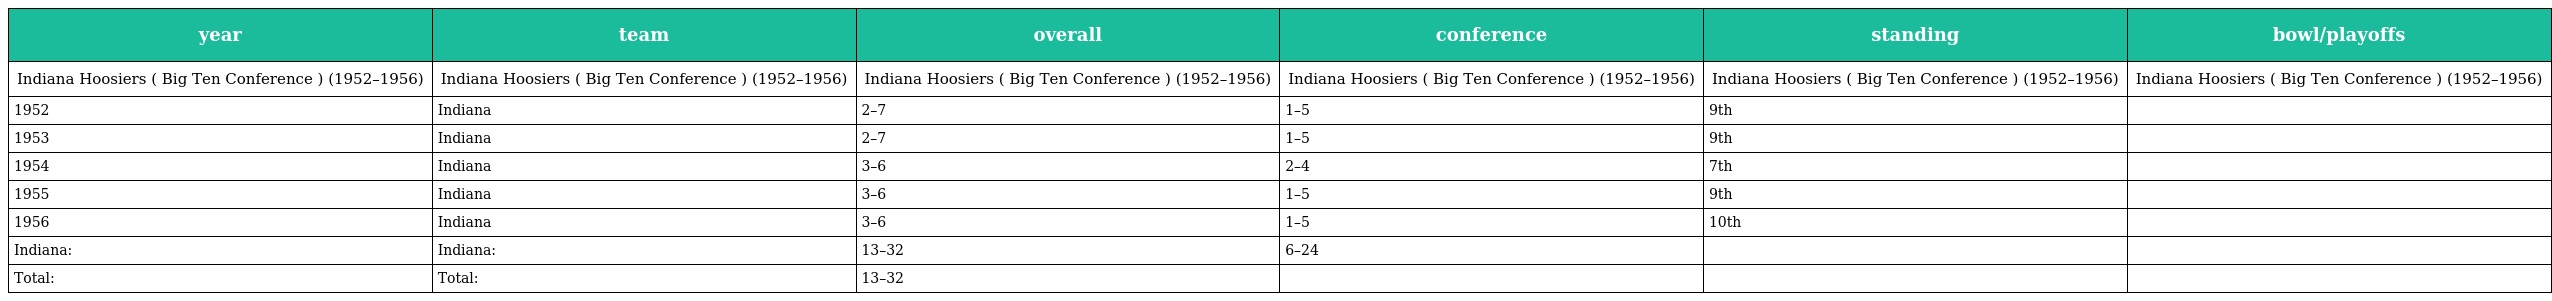
| year | team | overall | conference | standing | bowl/playoffs |
 | --- | --- | --- | --- | --- | --- |
 | Indiana Hoosiers ( Big Ten Conference ) (1952–1956) | Indiana Hoosiers ( Big Ten Conference ) (1952–1956) | Indiana Hoosiers ( Big Ten Conference ) (1952–1956) | Indiana Hoosiers ( Big Ten Conference ) (1952–1956) | Indiana Hoosiers ( Big Ten Conference ) (1952–1956) | Indiana Hoosiers ( Big Ten Conference ) (1952–1956) |
 | 1952 | Indiana | 2–7 | 1–5 | 9th |  |
 | 1953 | Indiana | 2–7 | 1–5 | 9th |  |
 | 1954 | Indiana | 3–6 | 2–4 | 7th |  |
 | 1955 | Indiana | 3–6 | 1–5 | 9th |  |
 | 1956 | Indiana | 3–6 | 1–5 | 10th |  |
 | Indiana: | Indiana: | 13–32 | 6–24 |  |  |
 | Total: | Total: | 13–32 |  |  |  |